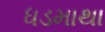
ધડમાથા